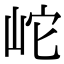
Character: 岮